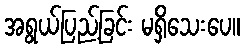
အရွယ်ပြည့်ခြင်း မရှိသေးပေ။